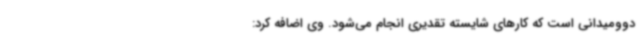
دوومیدانی است که کارهای شایسته تقدیری انجام می‌شود. وی اضافه کرد: